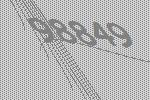
98849